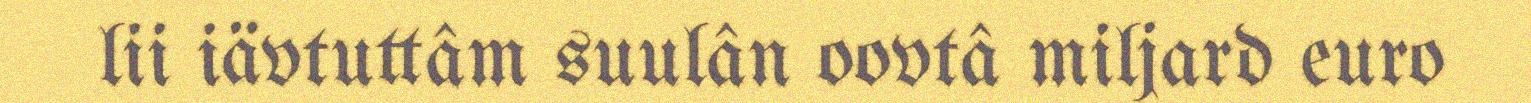
lii iävtuttâm suulân oovtâ miljard euro